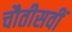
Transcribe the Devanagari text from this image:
चौतीसवीं